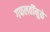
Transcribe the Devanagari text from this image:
गफलतींमुळे